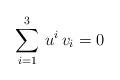
LaTeX: \begin{align*}\sum_{i=1}^{3} \, u^i \, v_i = 0\end{align*}